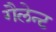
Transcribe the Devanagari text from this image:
गैलेन्ट